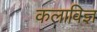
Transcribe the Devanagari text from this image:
कलाविज्ञ